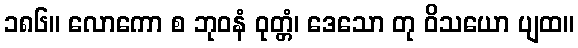
၁၈၆။ လောကော စ ဘုဝနံ ဝုတ္တံ၊ ဒေသော တု ဝိသယော ပျထ။